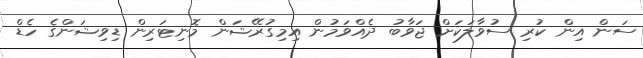
ސަން އިން ކުރި ސުވާލަކަށް ޖަވާބު ދެއްވަމުން އިމިގުރޭޝަން މޮނިޓަރިން ޑިވިޝަންގެ ހެޑް